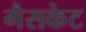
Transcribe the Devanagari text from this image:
गैसकेट